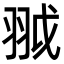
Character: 䎀